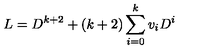
L = D ^ { k + 2 } + ( k + 2 ) \sum _ { i = 0 } ^ { k } v _ { i } D ^ { i }